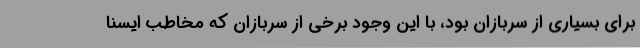
برای بسیاری از سربازان بود، با این وجود برخی از سربازان که مخاطب ایسنا